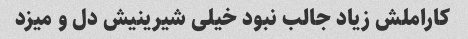
کاراملش زیاد جالب نبود خیلی شیرینیش دل و میزد